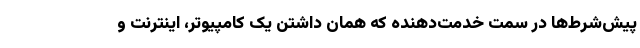
پیش‌شرط‌ها در سمت خدمت‌دهنده که همان داشتن یک کامپیوتر، اینترنت و